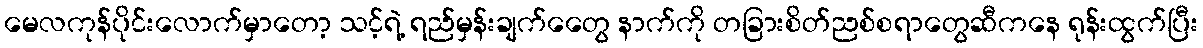
မေလကုန်ပိုင်းလောက်မှာတော့ သင့်ရဲ့ ရည်မှန်းချက်တွေေ နာက်ကို တခြားစိတ်ညစ်စရာတွေဆီကနေ ရုန်းထွက်ပြီး